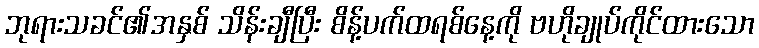
ဘုရားသခင်၏အနှစ် သိန်းချီပြီး စိန့်ပက်ထရစ်နေ့ကို ဗဟိုချုပ်ကိုင်ထားသော